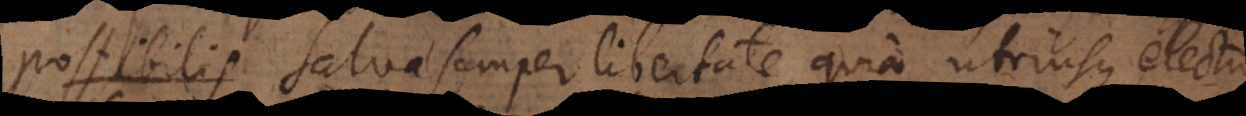
electurum, salva semper libertate, quia utriusque electio